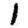
Digit: 1